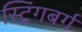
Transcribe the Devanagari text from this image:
स्ट्रिंगबर्ग